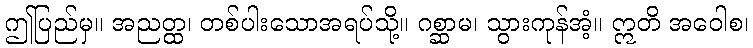
ဤပြည်မှ။ အညတ္ထ၊ တစ်ပါးသောအရပ်သို့။ ဂစ္ဆာမ၊ သွားကုန်အံ့။ ဣတိ အဝေါစ၊